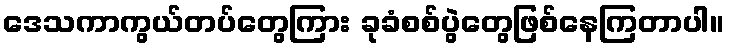
ဒေသကာကွယ်တပ်တွေကြား ခုခံစစ်ပွဲတွေဖြစ်နေကြတာပါ။